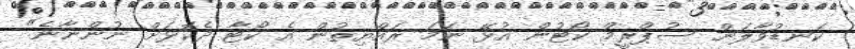
ކަނޑުވާލަން ސުޕްރީމް ކޯޓުން އުޅޭ ނަމަ ރައްޔިތުން އެ ކޯޓާ ދެކޮޅަށް ނުންނާނެ"